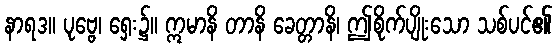
နာရဒ။ ပုဗ္ဗေ၊ ရှေး၌။ ဣမာနိ တာနိ ခေတ္တာနိ၊ ဤစိုက်ပျိုးသော သစ်ပင်၏